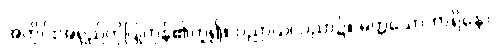
အတိုင်းအရှည်ကိုပြုကုန်၏ဟူ၍။ ပညာယ၊ ပညာ၌။ မတ္တသောကာရိနော၊